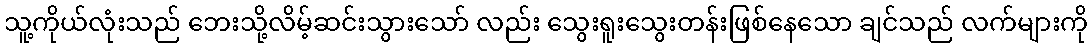
သူ့ကိုယ်လုံးသည် ဘေးသို့လိမ့်ဆင်းသွားသော် လည်း သွေးရူးသွေးတန်းဖြစ်နေသော ချင်သည် လက်များကို